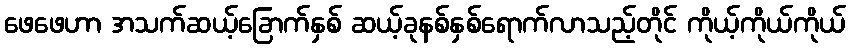
ဖေဖေဟာ အသက်ဆယ့်ခြောက်နှစ် ဆယ့်ခုနစ်နှစ်ရောက်လာသည့်တိုင် ကိုယ့်ကိုယ်ကိုယ်